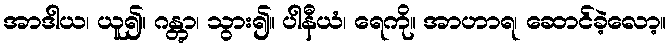
အာဒါယ၊ ယူ၍။ ဂန္တွာ၊ သွား၍။ ပါနီယံ၊ ရေကို။ အာဟာရ၊ ဆောင်ခဲ့လော့။